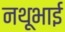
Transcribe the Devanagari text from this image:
नथूभाई